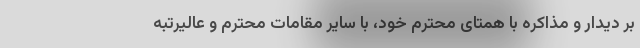
بر دیدار و مذاکره با همتای محترم خود، با سایر مقامات محترم و عالیرتبه